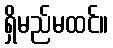
ရှိမည်မထင်။